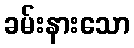
ခမ်းနားသော